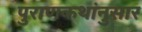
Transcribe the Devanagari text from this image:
पुराणकथांनुसार